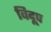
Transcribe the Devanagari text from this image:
विदूप